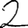
Digit: 2